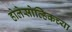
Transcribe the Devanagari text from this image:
होलेसोव्हिकच्या